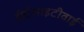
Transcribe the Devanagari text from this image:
डीईआइटीवाई